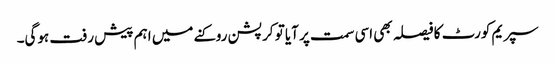
سپریم کورٹ کا فیصلہ بھی اسی سمت پر آیا تو کرپشن روکنے میں اہم پیش رفت ہوگی۔